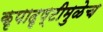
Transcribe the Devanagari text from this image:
कृपादृष्टीमुळेच